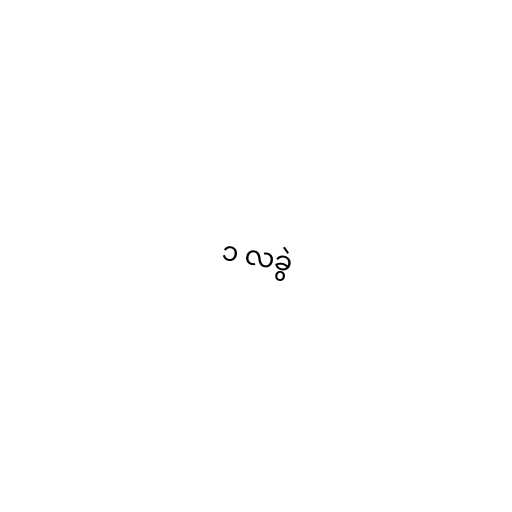
၁ လခွဲ